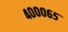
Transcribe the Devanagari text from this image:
४०००६५